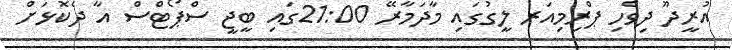
އުރީދޫ ދިވެހި ޕްރިމިއަރ ލީގުގައި މާދަމާރޭ 21:00ގައި ބީޖީ ސްޕޯޓްސް އާ ދެކޮޅަށް